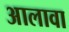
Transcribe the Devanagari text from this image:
अालावा